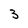
Character: 3